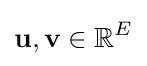
{\textbf {u}},{\textbf {v}}\in \mathbb {R} ^{E}